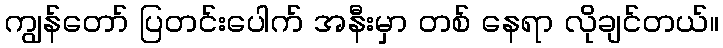
ကျွန်တော် ပြတင်းပေါက် အနီးမှာ တစ် နေရာ လိုချင်တယ်။